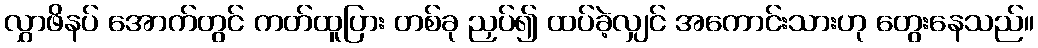
လွှာဖိနပ် အောက်တွင် ကတ်ထူပြား တစ်ခု ညှပ်၍ ထပ်ခဲ့လျှင် အကောင်းသားဟု တွေးနေသည်။